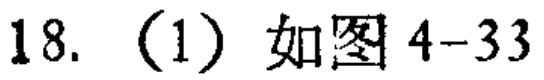
18.（1）如图4-33